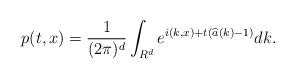
LaTeX: \begin{align*}p(t,x)=\frac{1}{(2\pi)^d}\int_{R^d}e^{i(k,x)+t(\widehat{a}(k)-1)}dk.\end{align*}